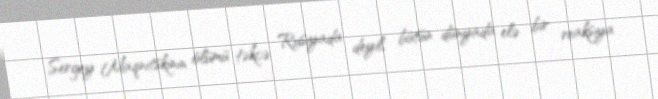
Sergey Maqnitskinin ölümü təkcə Rusiyada deyil, bütün dünyada elə bir reaksiya